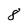
Character: 8